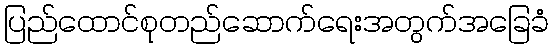
ပြည်ထောင်စုတည်ဆောက်ရေးအတွက်အခြေခံ